Annual report on the mental hospital in the Central Provinces and Berar (Nagpur) - 1927-1951
Year: 1927
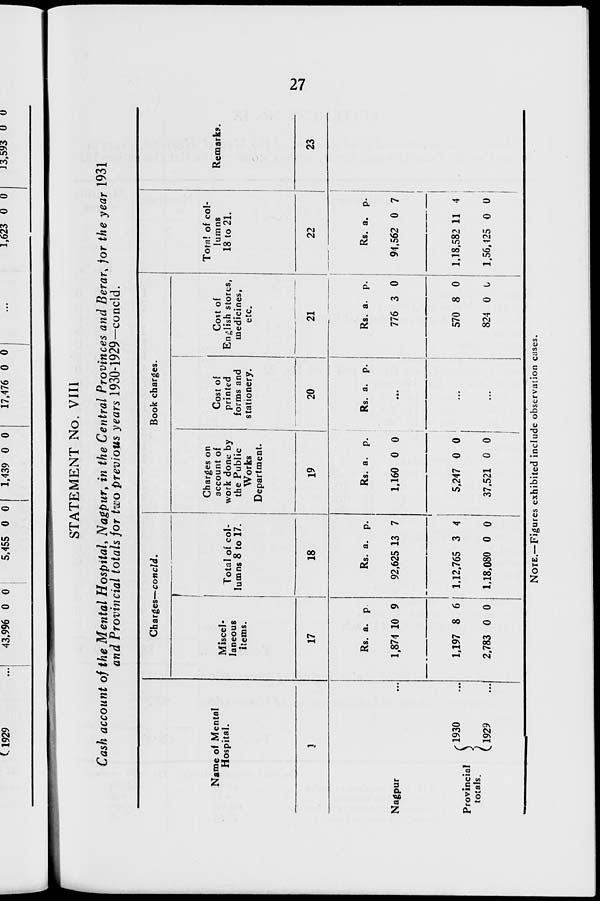
27
STATEMENT No. VIII
Cash account of the Mental Hospital, Nagpur, in the Central Provinces and Berar, for the year 1931
and Provincial totals for two previous years 1930-1929—concld.
Name of Mental
Hospital.
1
Nagpur ...
Provincial
totals.
1930 ...
1929 ...
Charges—concld.
Miscel-
laneous
items.
17
Rs.
1,874
1,197
2,783
a.
10
8
0
p.
9
6
0
Total of col-
lumns 8 to 17.
18
Rs.
92,625
1,12,765
1,18,080
a.
13
3
0
p.
7
4
0
Book charges.
Charges on
account of
work done by
the Public
Works
Department.
19
Rs.
1,160
5,247
37,521
a.
0
0
0
p.
0
0
0
Cost of
printed
forms and
stationery.
20
Rs. a. p.
...
...
...
Cost of
English stores,
medicines,
etc.
21
Rs.
776
570
824
a.
3
8
0
p.
0
0
0
Total of col-
lumns
18 to 21.
22
Rs.
94,562
1,18,582
1,56,425
a.
0
11
0
p.
7
4
0
Remarks.
23
NOTE.—Figures exhibited include observation cases.